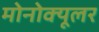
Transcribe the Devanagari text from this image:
मोनोक्यूलर